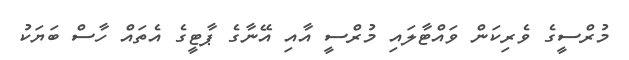
މުރްސީގެ ވެރިކަން ވައްޓާލައި މުރްސީ އާއި އޭނާގެ ޕާޓީގެ އެތައް ހާސް ބަޔަކު